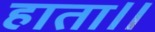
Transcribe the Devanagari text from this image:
हाता॥